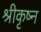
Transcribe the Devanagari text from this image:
श्रीकृष्न